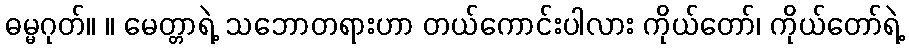
ဓမ္မဂုတ်။ ။ မေတ္တာရဲ့ သဘောတရားဟာ တယ်ကောင်းပါလား ကိုယ်တော်၊ ကိုယ်တော်ရဲ့